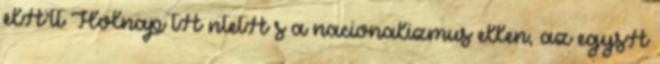
elÅ‘tt Holnap tÃ¼ntetÃ s a nacionalizmus ellen, az egysÃ